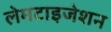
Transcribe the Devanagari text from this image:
लेमटाइजेशन